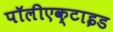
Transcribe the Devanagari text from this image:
पॉलीएक्टाइड